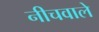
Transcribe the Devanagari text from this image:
नीचवाले